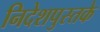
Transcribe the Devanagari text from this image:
निदेशपुस्तके